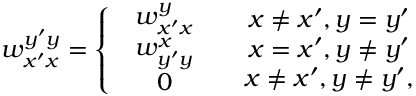
w _ { x ^ { \prime } x } ^ { y ^ { \prime } y } = \left\{ \begin{array} { l l } { \begin{array} { c } { w _ { x ^ { \prime } x } ^ { y } } \\ { w _ { y ^ { \prime } y } ^ { x } } \\ { 0 } \end{array} } & { \begin{array} { c } { x \neq x ^ { \prime } , y = y ^ { \prime } } \\ { x = x ^ { \prime } , y \neq y ^ { \prime } } \\ { x \neq x ^ { \prime } , y \neq y ^ { \prime } , } \end{array} } \end{array} \right.